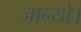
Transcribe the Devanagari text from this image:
जान्यो।